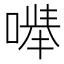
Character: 𪡽